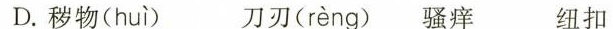
D.秽物( huì ) 刀刃( rèng ) 骚痒 纽扣